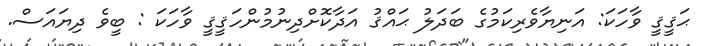
ޙަޤީޤީ ވާހަކަ: އަނިޔާވެރިކަމުގެ ބަދަލު ޙައްޤު އަދާކޮށްދިނުމުންހަޤީޤީ ވާހަކަ : ބީވެ ދިޔައަސް.